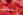
لست